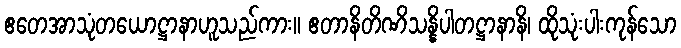
ဧတေအာသုံတယောဋ္ဌာနာဟူသည်ကား။ ဧတာနိတိဏိသန္နိပါတဋ္ဌာနာနိ၊ ထိုသုံးပါးကုန်သော